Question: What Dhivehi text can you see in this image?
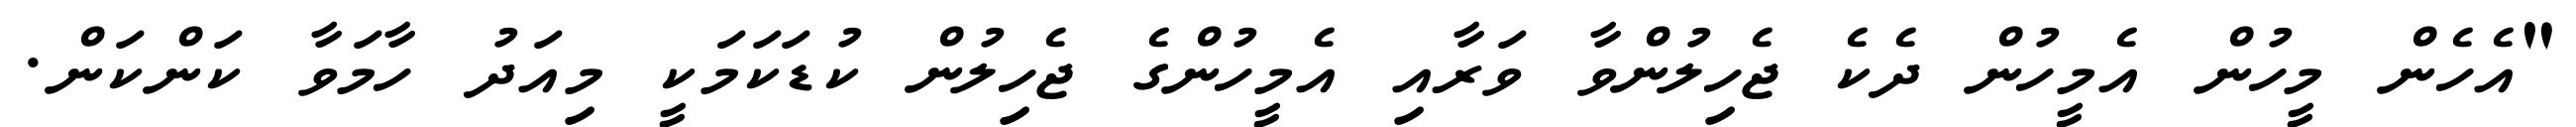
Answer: "އެހެން މީހުން އެމީހުން ދެކެ ޖެހިލުންވާ ވަރާއި އެމީހުންގެ ޖެހިލުން ކުޑަކަމަކީ މިއަދު ހާމަވާ ކަންކަން.